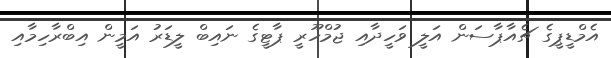
އެމްޑީޕީގެ ޗެއާޕާސަން އަލީ ވަހީދާއި ޖުމްހޫރީ ޕާޓީގެ ނައިބް ލީޑަރު އަމީން އިބްރާހިމާއި